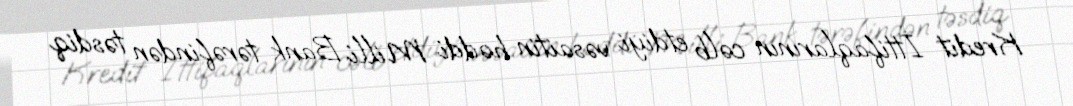
Kredit İttifaqlarının cəlb etdiyi vəsaitin həddi Milli Bank tərəfindən təsdiq